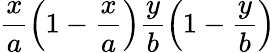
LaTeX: \displaystyle\frac{x}{a}\left(1-\frac{x}{a}\right)\frac{y}{b}\left(1-\frac{y}{b}\right)